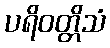
ပရိဝတ္တိသံ